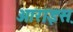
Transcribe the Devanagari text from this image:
आराइस़